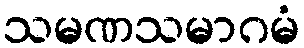
သမဏသမာဂမံ